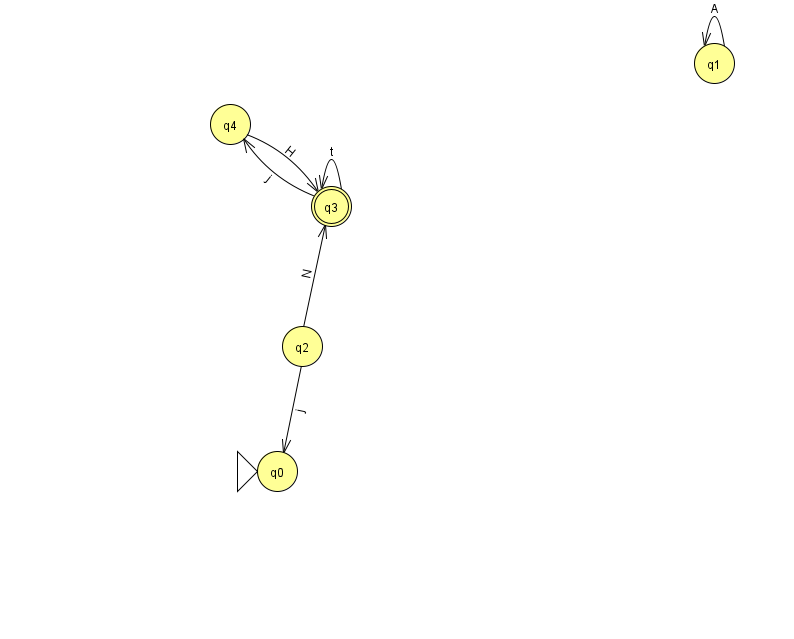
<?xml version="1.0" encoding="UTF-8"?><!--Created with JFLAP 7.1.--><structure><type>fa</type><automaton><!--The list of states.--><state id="0" name="q0"><x>277.0</x><y>458.0</y><initial/></state><state id="1" name="q1"><x>714.0</x><y>50.0</y></state><state id="2" name="q2"><x>302.0</x><y>333.0</y></state><state id="3" name="q3"><x>331.0</x><y>193.0</y><final/></state><state id="4" name="q4"><x>230.0</x><y>111.0</y></state><!--The list of transitions.--><transition><from>1</from><to>1</to><read>A</read></transition><transition><from>3</from><to>3</to><read>t</read></transition><transition><from>4</from><to>3</to><read>H</read></transition><transition><from>2</from><to>0</to><read>j</read></transition><transition><from>2</from><to>3</to><read>N</read></transition><transition><from>3</from><to>4</to><read>j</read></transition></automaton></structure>